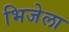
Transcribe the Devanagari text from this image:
भिजेला